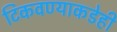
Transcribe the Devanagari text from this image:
टिकवण्याकडेही